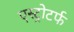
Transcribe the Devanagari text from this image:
एस्ट्रोटर्फ